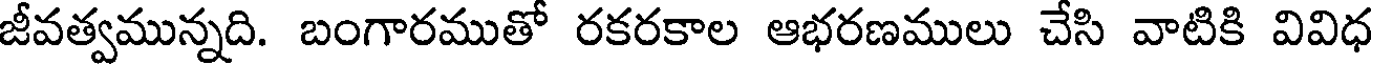
జీవత్వమున్నది. బంగారముతో రకరకాల ఆభరణములు చేసి వాటికి వివిధ